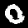
Digit: 0